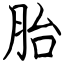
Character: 胎